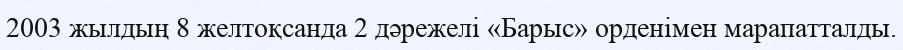
2003 жылдың 8 желтоқсанда 2 дәрежелі «Барыс» орденімен марапатталды.